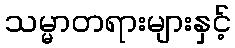
သမ္မာတရားများနှင့်